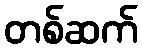
တစ်ဆက်